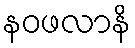
နဝဖလာနိ